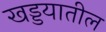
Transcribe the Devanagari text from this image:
खड्डयातील